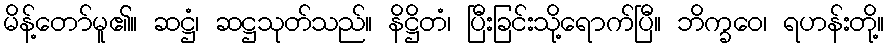
မိန့်တော်မူ၏။ ဆဋ္ဌံ၊ ဆဋ္ဌသုတ်သည်။ နိဋ္ဌိတံ၊ ပြီးခြင်းသို့ရောက်ပြီ။ ဘိက္ခဝေ၊ ရဟန်းတို့။